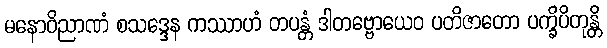
မနောဝိညာဏံ စသဒ္ဒေန ကဿာဟံ တပန္တံ ဒါတဗ္ဗောယေဝ ပတိဇာတော ပက္ခိပိတုန္တိ